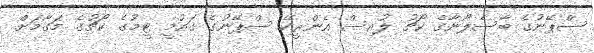
ސްޕޭނުގެ ބާސެލޯނާގެ ކޯޗު ލުއިސް އެންރީކޭ ސްޕޭނުގެ ގައުމީ ޓީމުގެ ކޯޗުގެ މަގާމަށް